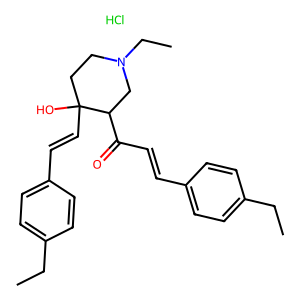
SMILES: CCc1ccc(C=CC(=O)C2CN(CC)CCC2(O)C=Cc2ccc(CC)cc2)cc1.Cl
Inhibits HIV replication: No